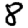
Digit: 8